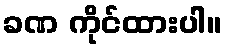
ခဏ ကိုင်ထားပါ။